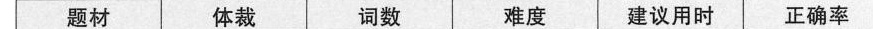
题材 体裁 词数 难度 建议用时 正确率